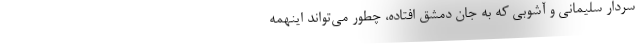
سردار سلیمانی و آشوبی که به جان دمشق افتاده، چطور می‌تواند اینهمه